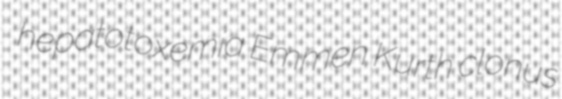
hepatotoxemia Emmen Kurth clonus